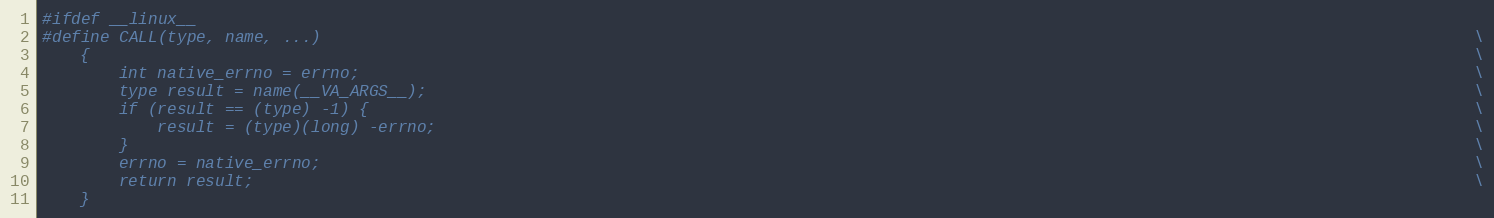
Language: C
#ifdef __linux__
#define CALL(type, name, ...)                                                                                                                        \
    {                                                                                                                                                \
        int native_errno = errno;                                                                                                                    \
        type result = name(__VA_ARGS__);                                                                                                             \
        if (result == (type) -1) {                                                                                                                   \
            result = (type)(long) -errno;                                                                                                            \
        }                                                                                                                                            \
        errno = native_errno;                                                                                                                        \
        return result;                                                                                                                               \
    }